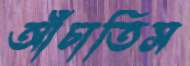
আঁচাতিস